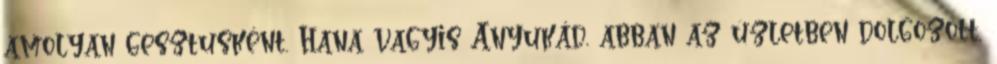
amolyan gesztusként. Hana vagyis Anyukád, abban az üzletben dolgozott,